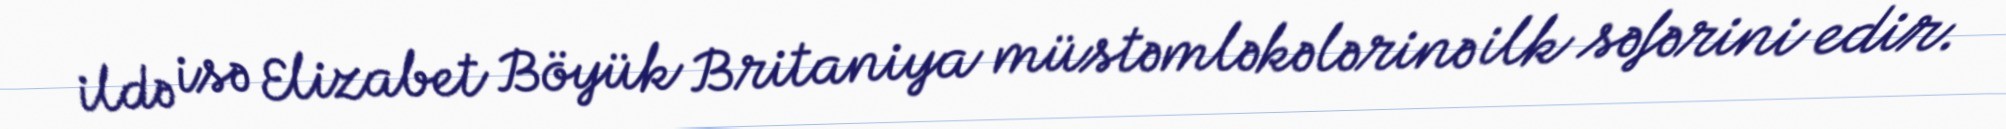
ildə isə Elizabet Böyük Britaniya müstəmləkələrinə ilk səfərini edir.